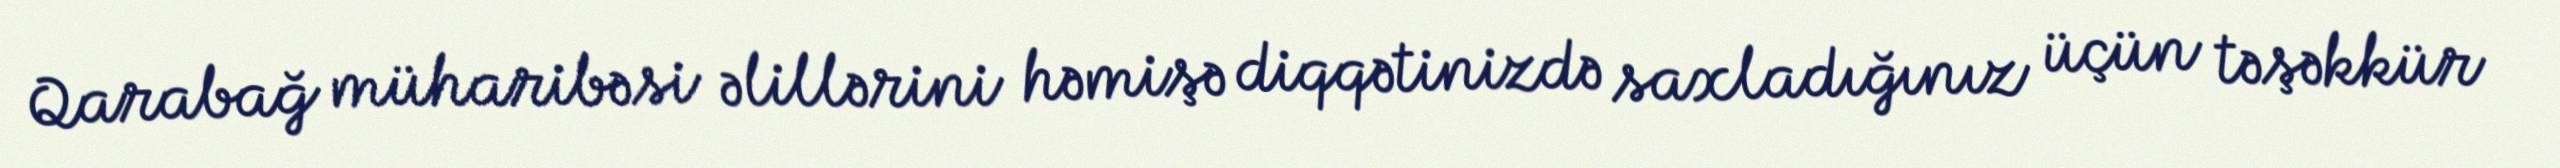
Qarabağ müharibəsi əlillərini həmişə diqqətinizdə saxladığınız üçün təşəkkür